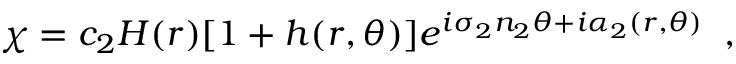
\chi = c _ { 2 } H ( r ) [ 1 + h ( r , \theta ) ] e ^ { i \sigma _ { 2 } n _ { 2 } \theta + i \alpha _ { 2 } ( r , \theta ) } \; \; ,